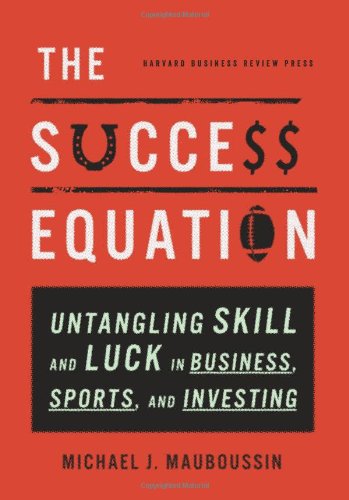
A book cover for The Success Equation: Untangling Skill and Luck in Business, Sports, and Investing; Michael J. Mauboussin; Business & Money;